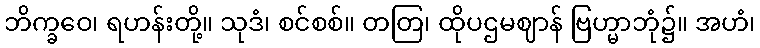
ဘိက္ခဝေ၊ ရဟန်းတို့။ သုဒံ၊ စင်စစ်။ တတြ၊ ထိုပဌမဈာန် ဗြဟ္မာဘုံ၌။ အဟံ၊